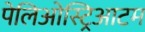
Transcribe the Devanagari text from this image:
पेलिओस्ट्रिआटम